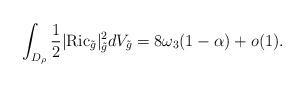
LaTeX: \begin{align*}\int_{D_{\rho}}\frac{1}{2}|\mathrm{Ric}_{\tilde{g}}|^2_{\tilde{g}}dV_{\tilde{g}}=8\omega_3(1-\alpha)+o(1).\end{align*}